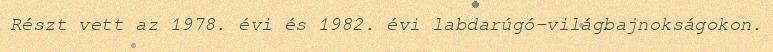
Részt vett az 1978. évi és 1982. évi labdarúgó-világbajnokságokon.